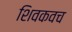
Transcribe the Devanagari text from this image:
शिवकवच